Lunatic asylums Punjab 1868-1880 - 1868-1880
Year: 1868
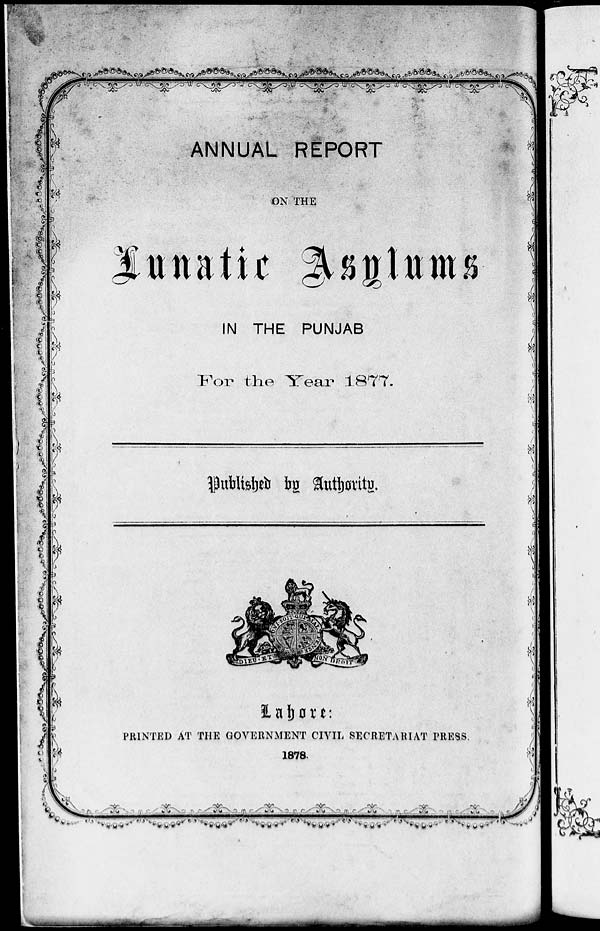
ANNUAL REPORT
ON THE
Lunatic Asylums
IN THE PUNJAB
For the Year 1877.
Published by Authority.
Lahore:
PRINTED AT THE GOVERNMENT CIVIL SECRETARIAT PRESS.
1878.